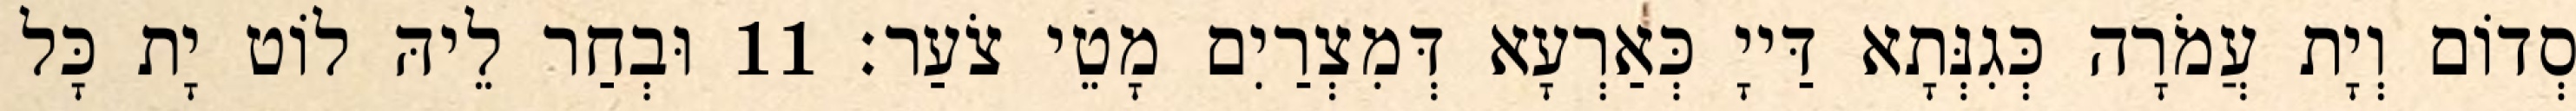
סְדוֹם וְיָת עֲמֹרָה כְּגִנְּתָא דַּייָ כְּאַרְעָא דְּמִצְרַיִם מָטֵי צֹעַר׃ 11 וּבְחַר לֵיהּ לוֹט יָת כָּל